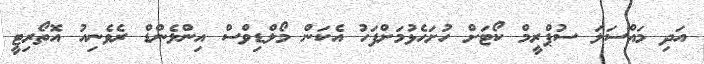
އަދި މައްސަލަ ސުޕްރީމް ކޯޓަށް ހުށަހެޅުމަށްފަހު އެކަން މޯލްޑިވްސް އިންލެންޑް ރެވެނިއު އޮތޯރިޓީ